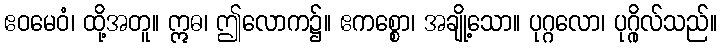
ဧဝမေဝံ၊ ထို့အတူ။ ဣဓ၊ ဤလောက၌။ ဧကစ္စော၊ အချို့သော။ ပုဂ္ဂလော၊ ပုဂ္ဂိုလ်သည်။